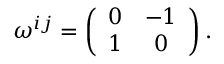
\omega ^ { i j } = \left( \begin{array} { c c } { { 0 } } & { { - 1 } } \\ { { 1 } } & { { 0 } } \end{array} \right) .